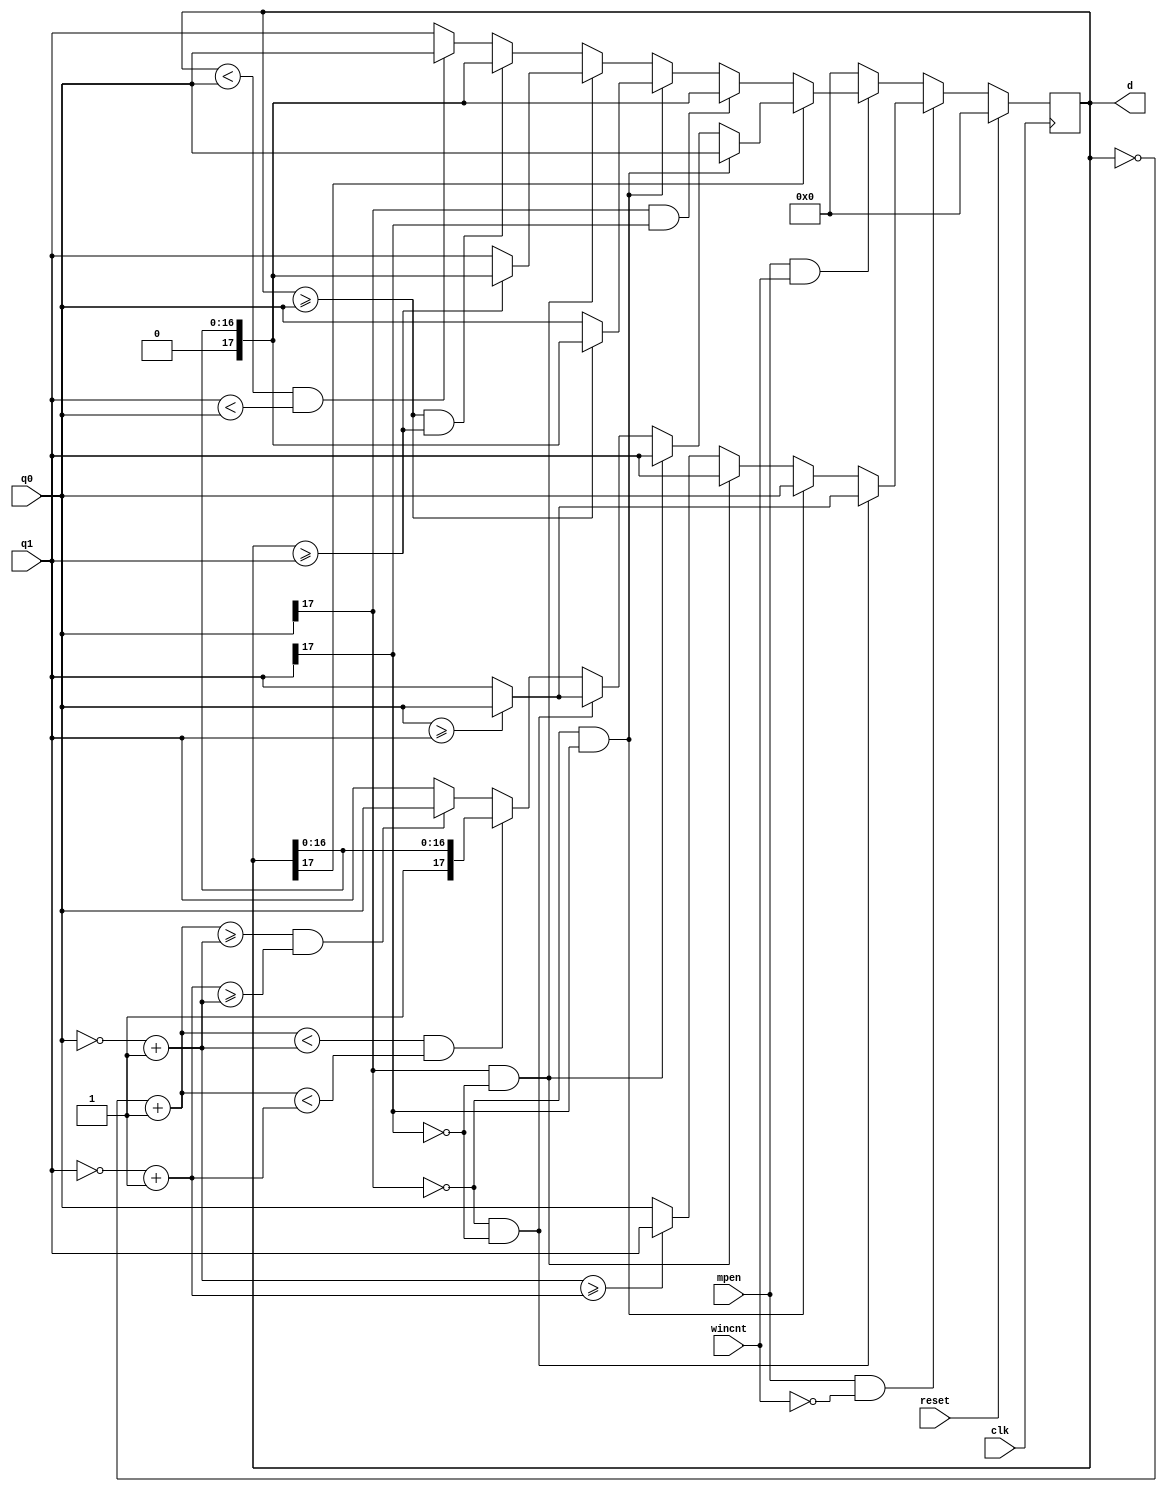
module compare#(
	parameter BD = 18)(

	input clk, reset,
	input mpen, wincnt,
	input [BD-1:0] q0, q1,
	output reg [BD-1:0] d
);

always@(negedge clk)
begin
	if(reset)
	begin
		d <= 0;
	end
	else
	begin
		if(mpen && !wincnt)
		begin
			if(q0[BD-1]==1'b0 && q1[BD-1]==0)
			begin
				if(q0 >= q1)
					d <= q0;
				else
					d <= q1;
			end
			else if(q0[BD-1]==1'b0 && q1[BD-1]==1'b1)
			begin
				d <= q0;
			end

			else if(q0[BD-1]==1'b1 && q1[BD-1]==1'b0)
			begin
				d <= q1;
			end

			else
			begin
				if(~q0 + 1'b1 >= ~q1 + 1'b1)
					d <= q1;
				else
					d <= q0;
			end
				
		end
		else if(mpen && wincnt)
		begin

			if(d[BD-1]==1'b0)
			begin
				if(q0[BD-1]==1'b1 && q1[BD-1]==1'b1)
					d <= d;
				else if(q0[BD-1]==1'b0 && q1[BD-1]==1'b1)
				begin
					if(d >= q0)
						d <= d;
					else
						d <= q0;
				end
				else if(q0[BD-1]==1'b1 && q1[BD-1]==1'b0)
				begin
					if(d >= q1)
						d <= d;
					else
						d <= q1;
				end

				else
				begin
					if(d >= q0 && d >= q1)
					begin
						d <= d;
					end
					else if(d < q0 && q1 < q0)
					begin
						d <= q0;
					end
					else
					begin
						d <= q1;
					end
				end
			end
			else
			begin
				if(q0[BD-1]==1'b0 && q1[BD-1]==1'b1)
					d <= q0;
				else if(q0[BD-1]==1'b1 && q1[BD-1]==1'b0)
					d <= q1;
				else if(q0[BD-1]==1'b0 && q1[BD-1]==1'b0)
				begin
					if(q0 >= q1)
						d <= q0;
					else
						d <= q1;
				end
				else
				begin
					if(~d+1'b1 < ~q0+1'b1 && ~d+1'b1 < ~q1+1'b1)
					begin
						d <= d;
					end
					else if(~d+1'b1 >= ~q0+1'b1 && ~q1+1'b1 >= ~q0+1'b1)
					begin
						d <= q0;
					end
					else
					begin
						d <= q1;
					end
				end

			end

		end
		else
		begin
			d <= 0;
		end
	end
end

endmodule